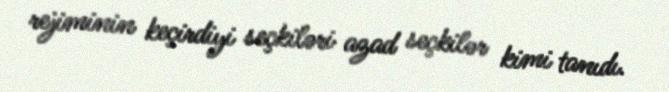
rejiminin keçirdiyi seçkiləri azad seçkilər kimi tanıdı.